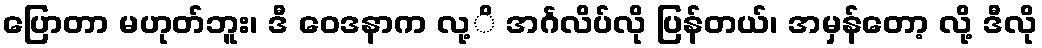
ပြောတာ မဟုတ်ဘူး၊ ဒီ ဝေဒနာက လု့ိ အင်္ဂလိပ်လို ပြန်တယ်၊ အမှန်တော့ လို့ ဒီလို